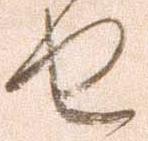
せ